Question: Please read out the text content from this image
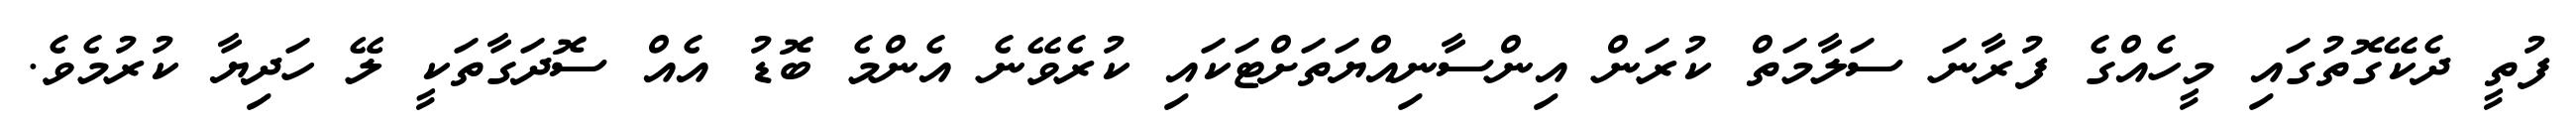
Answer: ފުތީ ދެކޭގޮތުގައި މީހެއްގެ ފުރާނަ ސަލާމަތް ކުރަން އިންސާނިއްޔަތަށްޓަކައި ކުރެވޭނެ އެންމެ ބޮޑު އެއް ސޮދަގާތަކީ ލޭ ހަދިޔާ ކުރުމެވެ.